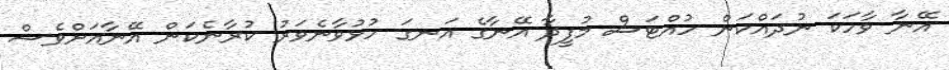
އޭނާ ވާހަކަ ނުދައްކަން ހުއްޓަސް މުފީދާ އޭނާގެ އަނގަ ހުޅުވާނެވަރު ކުރާނެކަން އޭނާއަށްވެސް